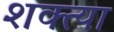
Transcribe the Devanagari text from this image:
शक्त्या